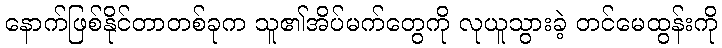
နောက်ဖြစ်နိုင်တာတစ်ခုက သူ၏အိပ်မက်တွေကို လုယူသွားခဲ့ တင်မေထွန်းကို